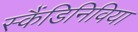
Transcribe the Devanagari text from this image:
स्कैंडिनिविया